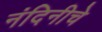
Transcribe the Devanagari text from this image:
नंदिनीचे